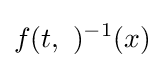
f(t,\ )^{-1}(x)